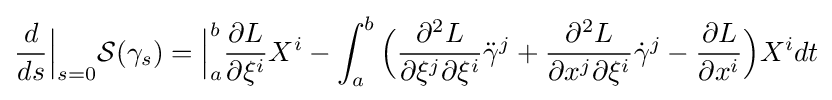
{\frac {d}{ds}}{\Big |}_{s=0}{\mathcal {S}}(\gamma _{s})={\Big |}_{a}^{b}{\frac {\partial L}{\partial \xi ^{i}}}X^{i}-\int _{a}^{b}{\Big (}{\frac {\partial ^{2}L}{\partial \xi ^{j}\partial \xi ^{i}}}{\ddot {\gamma }}^{j}+{\frac {\partial ^{2}L}{\partial x^{j}\partial \xi ^{i}}}{\dot {\gamma }}^{j}-{\frac {\partial L}{\partial x^{i}}}{\Big )}X^{i}dt